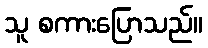
သူ စကားပြောသည်။